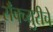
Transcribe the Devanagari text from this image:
सॅंक्च्युरीचे